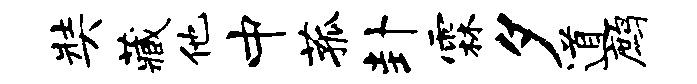
奘藏他中菰卦霖夕道鹧